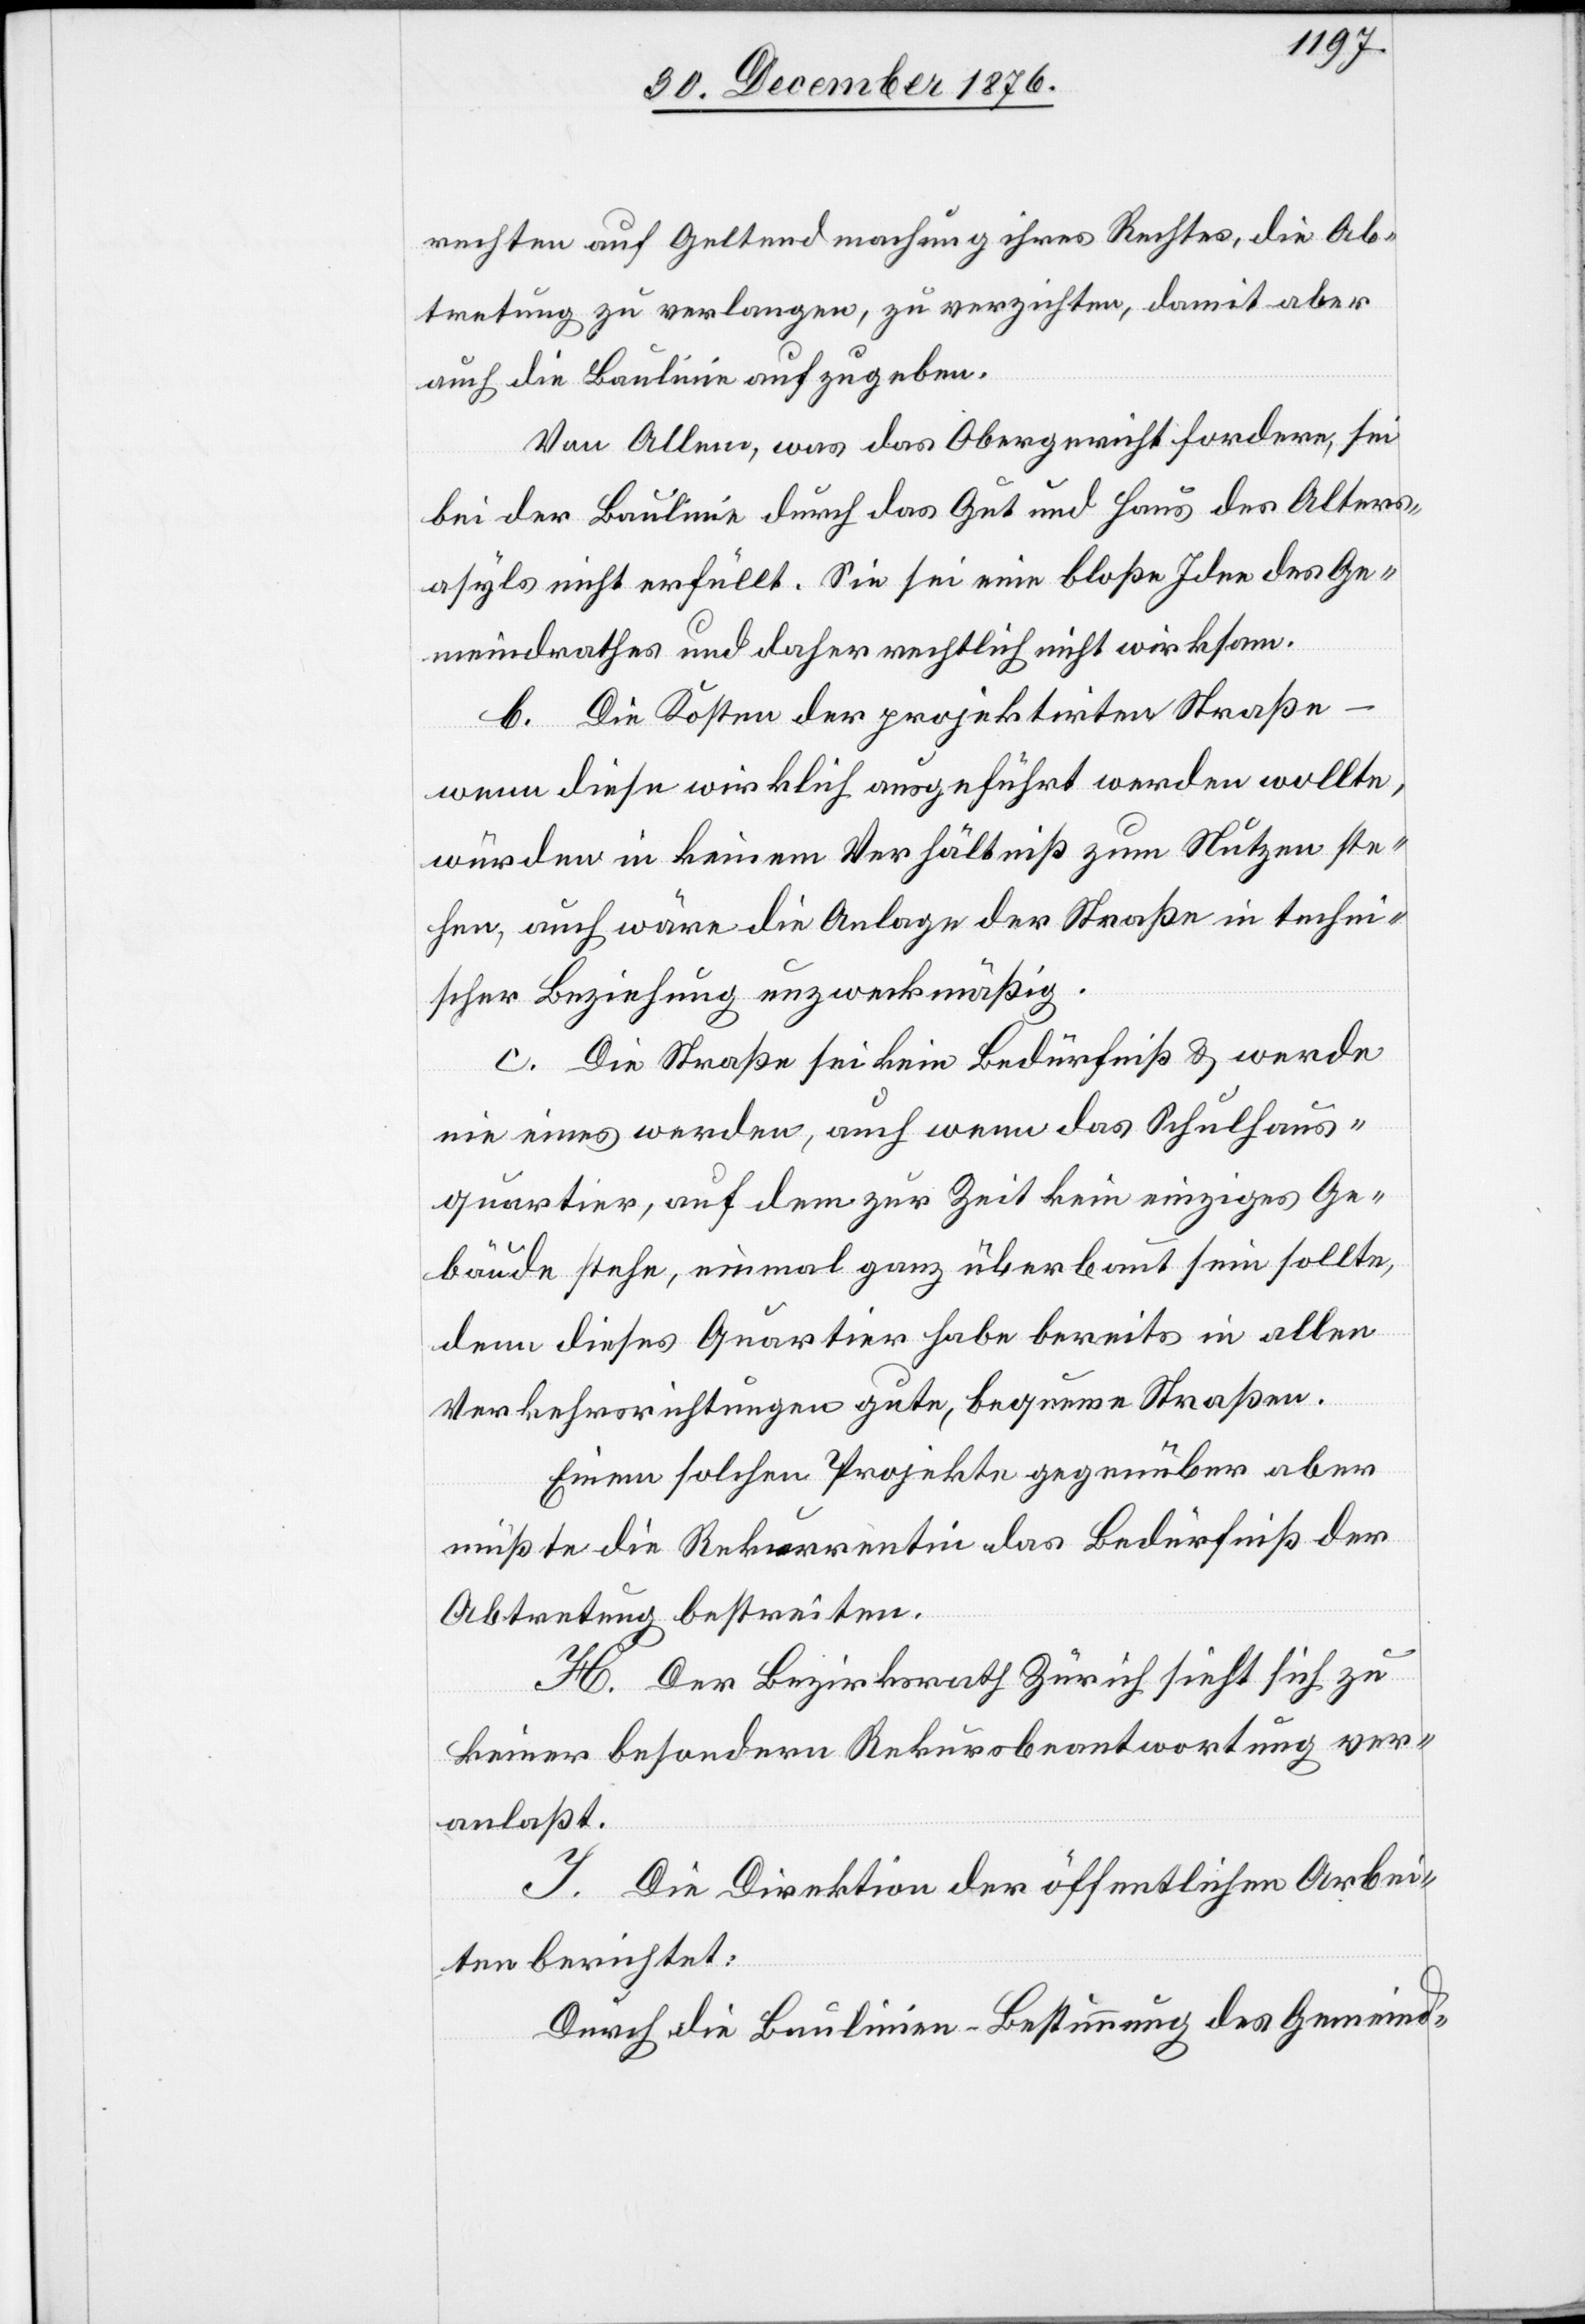
rechten auf Geltendmachung ihres Rechtes, die Ab¬
tretung zu verlangen, zu verzichten, damit aber
auch die Baulinie aufzugeben.
Von Allem, was das Obergericht fordere, sei
bei der Baulinie durch das Gut und Haus des Alters¬
asyls nicht erfüllt. Sie sei eine bloße Idee des Ge¬
meindrathes und daher rechtlich nicht wirksam.
b. Die Kosten der projektirten Straße
wenn diese wirklich ausgeführt werden wollte,
würden in keinem Verhältniß zum Nutzen ste¬
hen, auch wäre die Anlage der Straße in techni¬
scher Beziehung unzweckmäßig.
c. Die Straße sei kein Bedürfniß & werde
nie eines werden, auch wenn das Schulhaus¬
quartier, auf dem zur Zeit kein einziges Ge¬
bäude stehe, einmal ganz überbaut sein sollte,
denn dieses Quartier habe bereits in allen
Verkehrsrichtungen gute, bequeme Straßen.
Einem solchen Projekte gegenüber aber
müßte die Rekurrentin das Bedürfniß der
Abtretung bestreiten.
H. Der Bezirksrath Zürich sieht sich zu
keiner besondern Rekursbeantwortung ver¬
anlaßt.
I. Die Direktion der öffentlichen Arbei¬
ten berichtet:
Durch die Baulinien-Bestimmung des Gemeind-